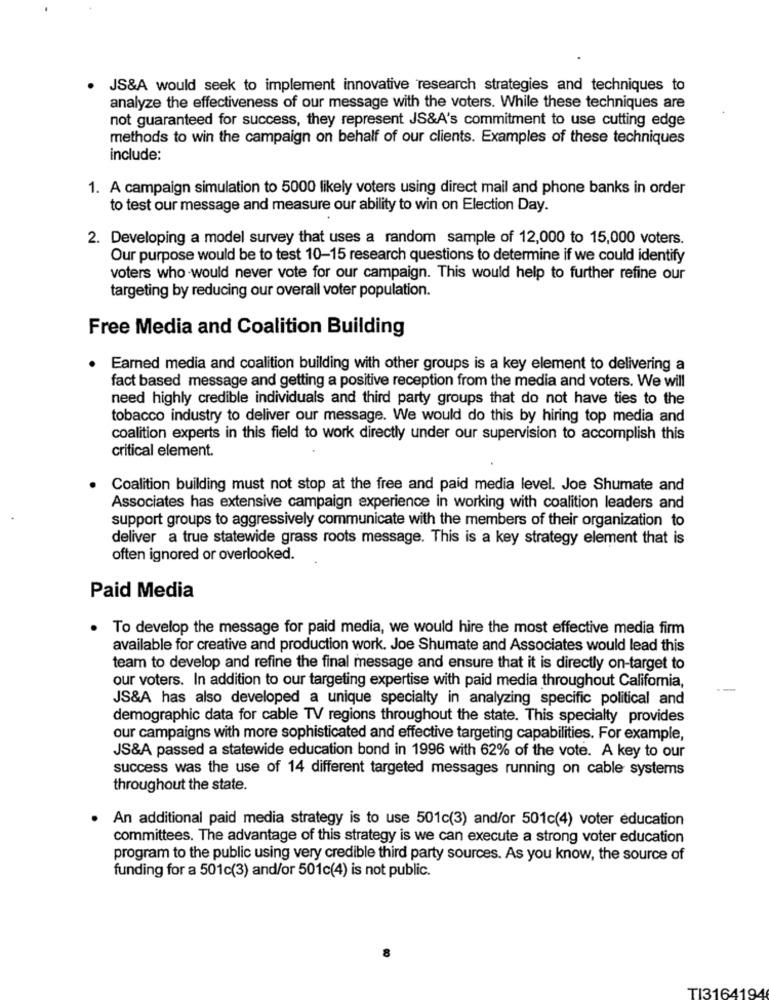
JS&A would seek to implement innovative research strategies and techniques to
analyze the effectiveness of our message with the voters. While these techniques are
not guaranteed for success, they represent JS&A's commitment to use cutting edge
methods to win the campaign on behalf of our clients. Examples of these techniques
include:
1. A campaign simulation to 5000 likely voters using direct mail and phone banks in order
to test our message and measure our ability to win on Election Day.
2. Developing a model survey that uses a random sample of 12,000 to 15,000 voters.
Our purpose would be to test 10-15 research questions to determine if we could identify
voters who would never vote for our campaign. This would help to further refine our
targeting by reducing our overall voter population.
Free Media and Coalition Building
Earned media and coalition building with other groups is a key element to delivering a
fact based message and getting a positive reception from the media and voters. We will
need highly credible individuals and third party groups that do not have ties to the
tobacco industry to deliver our message. We would do this by hiring top media and
coalition experts in this field to work directly under our supervision to accomplish this
critical element.
Coalition building must not stop at the free and paid media level. Joe Shumate and
Associates has extensive campaign experience in working with coalition leaders and
support groups to aggressively communicate with the members of their organization to
deliver a true statewide grass roots message. This is a key strategy element that is
often ignored or overlooked.
Paid Media
. To develop the message for paid media, we would hire the most effective media firm
available for creative and production work. Joe Shumate and Associates would lead this
team to develop and refine the final message and ensure that it is directly on-target to
our voters. In addition to our targeting expertise with paid media throughout California,
--
JS&A has also developed a unique specialty in analyzing specific political and
demographic data for cable TV regions throughout the state. This specialty provides
our campaigns with more sophisticated and effective targeting capabilities. For example,
JS&A passed a statewide education bond in 1996 with 62% of the vote. A key to our
success was the use of 14 different targeted messages running on cable systems
throughout the state.
· An additional paid media strategy is to use 501c(3) and/or 501c(4) voter education
committees. The advantage of this strategy is we can execute a strong voter education
program to the public using very credible third party sources. As you know, the source of
funding for a 501c(3) and/or 501c(4) is not public.
TI3164194